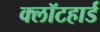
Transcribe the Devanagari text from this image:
क्लॉटहार्ड